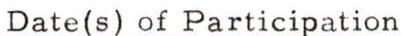
Date(s) of Participation